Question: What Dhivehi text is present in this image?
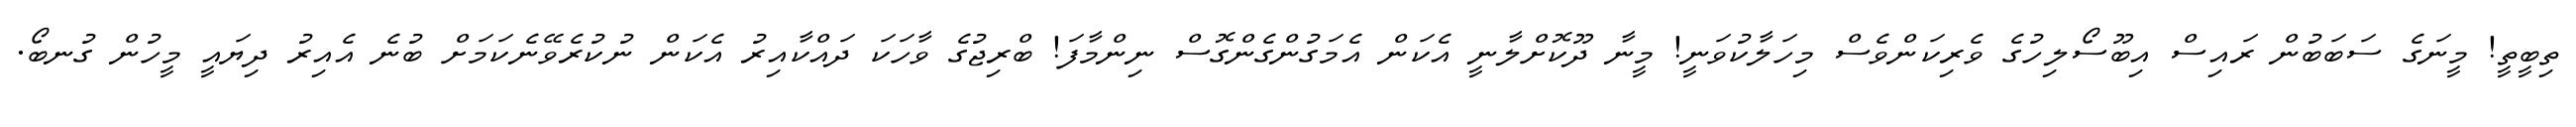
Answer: ތިބީތީ! މީނަގެ ސަބަބުން ރައިސް އިބޫސޯލިހުގެ ވެރިކަންވެސް މިހަލާކުވަނީ! މީނާ ދޫކޮށްލާނީ އެކަން އެމަގުންގެންގޮސް ނިންމާފަ! ބްރިޖުގެ ވާހަކަ ދައްކާއިރު އެކަން ނުކުރެވޭނެކަމަށް ބުނެ އެއިރު ދިޔައީ މީހުން ގުނބޯ.